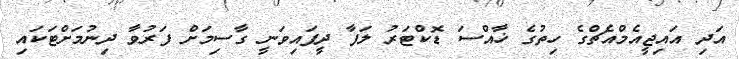
އަދި އައިޖީއެމްއެޗްގެ ހިތުގެ ޚާއްސަ ޑޮކްޓަރު ލަފާ ދީފައިވަނީ ގާސިމަށް ފަރުވާ ދިނުމަށްޓަކައި